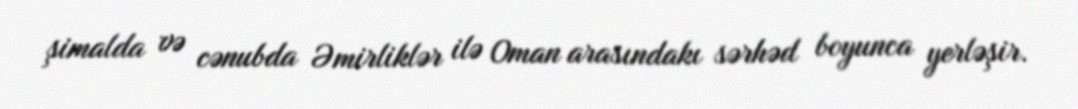
şimalda və cənubda Əmirliklər ilə Oman arasındakı sərhəd boyunca yerləşir.